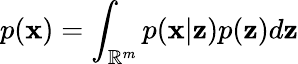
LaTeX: p(\textbf{x})=\int_{\mathbb{R}^{m}}p(\textbf{x}|\textbf{z})p(\textbf{z})d\textbf{z}